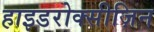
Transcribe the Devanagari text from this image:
हाइडरोक्सीज़िन